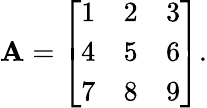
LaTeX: \mathbf{A}={\left[\begin{array}{lll}{1}&{2}&{3}\\ {4}&{5}&{6}\\ {7}&{8}&{9}\end{array}\right]}.